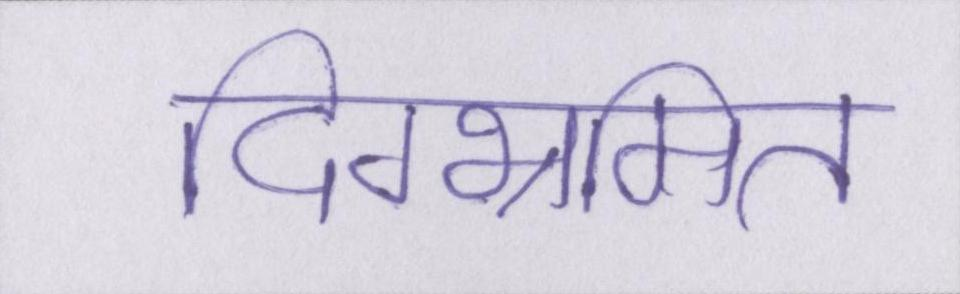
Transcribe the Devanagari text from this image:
दिग्भ्रमित